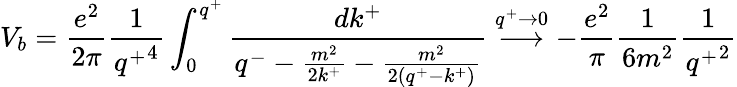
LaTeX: V_{b}=\frac{e^{2}}{2\pi}\frac{1}{{q^{+}}^{4}}\int_{0}^{q^{+}}\frac{dk^{+}}{q^{-}-\frac{m^{2}}{2k^{+}}-\frac{m^{2}}{2(q^{+}-k^{+})}}\stackrel{q^{+}\rightarrow 0}{\longrightarrow}-\frac{e^{2}}{\pi}\frac{1}{6m^{2}}\frac{1}{{q^{+}}^{2}}